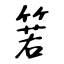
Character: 箬